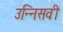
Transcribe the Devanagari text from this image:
उन्निसवी